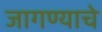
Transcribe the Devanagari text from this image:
जागण्याचे